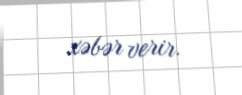
xəbər verir.